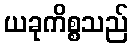
ယခုကိစ္စသည်